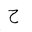
Letter: _ha